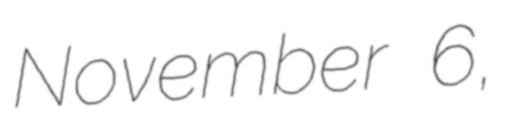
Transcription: November 6,